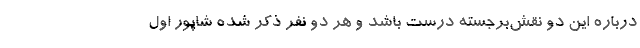
درباره این دو نقش‌برجسته درست باشد و هر دو نفر ذکر شده شاپور اول